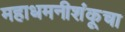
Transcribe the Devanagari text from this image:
महाधमनीशंकूचा